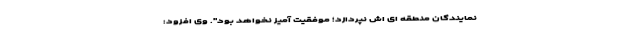
نمایندگان منطقه ای اش نپردازد؛ موفقیت آمیز نخواهد بود". وی افزود: